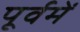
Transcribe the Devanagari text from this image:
पूर्वमें